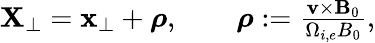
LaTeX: \begin{array}{r}{\mathbf{X}_{\perp}=\mathbf{x}_{\perp}+\boldsymbol{\rho},\qquad\boldsymbol{\rho}:=\frac{\mathbf{v}\times\mathbf{B}_{0}}{\Omega_{i,e}B_{0}},}\end{array}